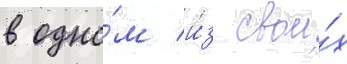
в одно́м и́з свои́х